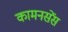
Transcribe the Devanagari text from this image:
कामनसेंस